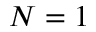
N = 1